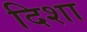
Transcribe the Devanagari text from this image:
दिशा